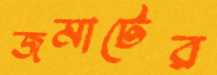
জমাটের